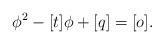
LaTeX: \begin{align*} \phi ^2- [t]\phi + [q] = [o].\end{align*}